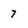
Character: 7